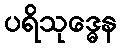
ပရိသုဒ္ဓေန